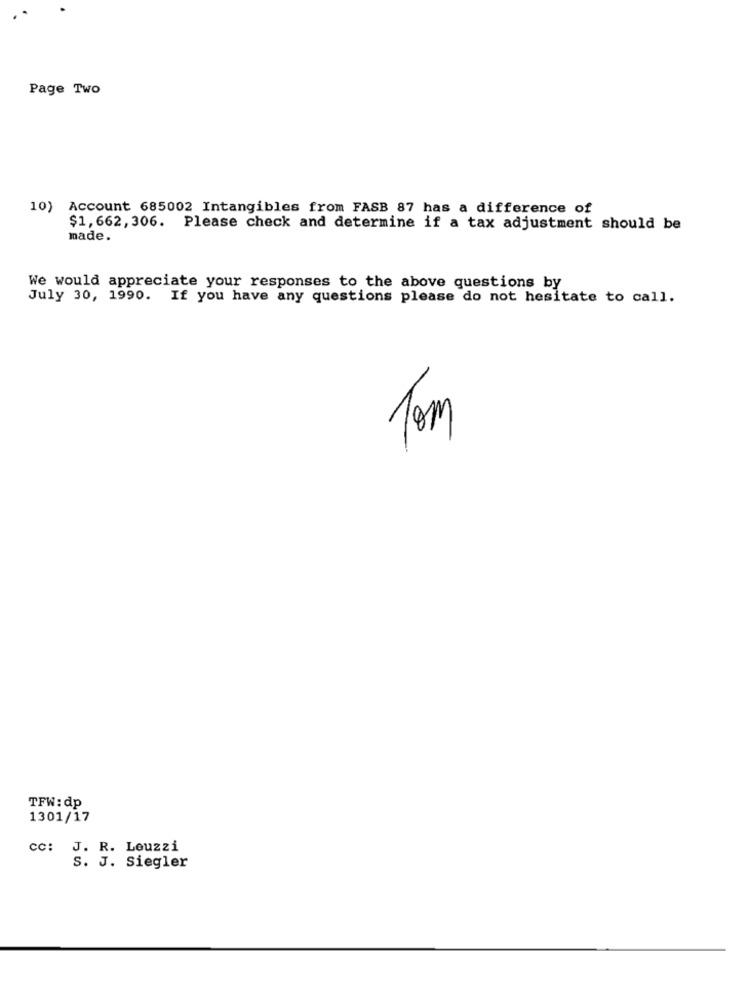
Page Two
10) Account 685002 Intangibles from FASB 87 has a difference of
$1,662, 306. Please check and determine if a tax adjustment should be
made.
We would appreciate your responses to the above questions by
July 30, 1990. If you have any questions please do not hesitate to call.
Tom
TFW: dp
1301/17
CC: J. R. Leuzzi
S. J. Siegler